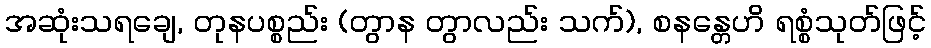
အဆုံးသရချေ, တုနပစ္စည်း (တွာန တွာလည်း သက်), စနန္တေဟိ ရစ္စံသုတ်ဖြင့်